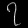
Digit: ၇